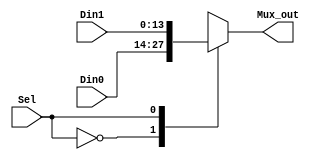
module ahf_2to1Mux_v (Sel, Din0, Din1, Mux_out);

input [13:0] Din0, Din1;
input Sel;
output reg [13:0] Mux_out;

always @(Sel or Din0 or Din1)
begin
	case(Sel)
		1'b0: Mux_out = Din0;
		1'b1: Mux_out = Din1;
	endcase
end
endmodule